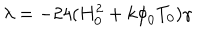
LaTeX: { \lambda } = - 2 4 ( H _ { 0 } ^ { 2 } + k { \phi } _ { 0 } T _ { 0 } ) { \gamma }